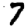
Digit: 7